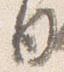
日